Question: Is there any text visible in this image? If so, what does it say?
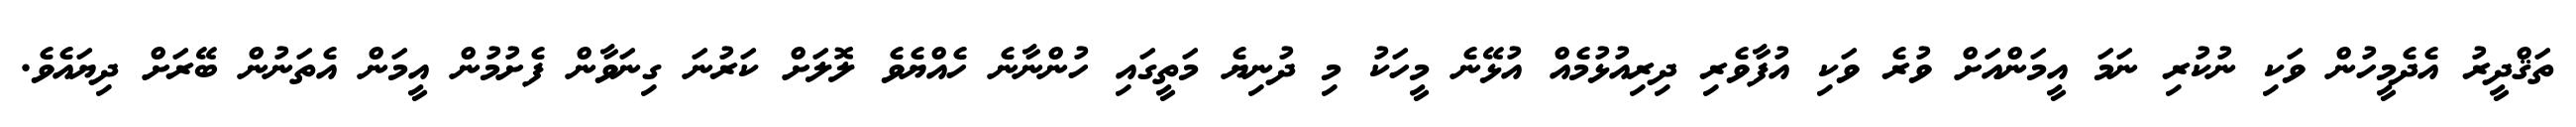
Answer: ތަޤްދީރު އެދެމީހުން ވަކި ނުކުރި ނަމަ އީމަންއަށް ވުރެ ވަކި އުފާވެރި ދިރިއުޅުމެއް އުޅޭނެ މީހަކު މި ދުނިޔެ މަތީގައި ހުންނާނެ ހެއްޔެވެ ލޮލަށް ކަރުނަ ގިނަވާން ފެށުމުން އީމަން އެތަނުން ބޭރަށް ދިޔައެވެ.